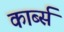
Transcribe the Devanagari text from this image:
कार्ब्स